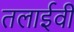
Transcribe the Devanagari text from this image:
तलाईवी